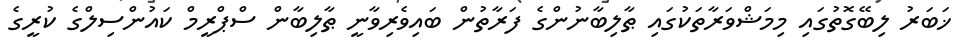
ޚަބަރު ލިބޭގޮތުގައި މިމަޝްވަރާތަކުގައި ޠާލިބާނުންގެ ފަރާތުން ބައިވެރިވާނީ ޠާލިބާން ސްޕްރީމް ކައުންސިލްގެ ކުރީގެ